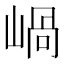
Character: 𡹬